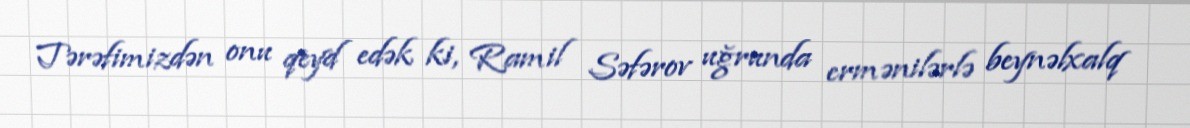
Tərəfimizdən onu qeyd edək ki, Ramil Səfərov uğrunda ermənilərlə beynəlxalq